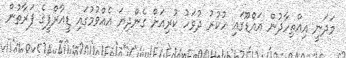
މަދަނީ އިއްތިހާދުން އައްޑޫގައި ހުކުރު ދުވަހު ކުރިއަށް ގެންދިޔަ އެއްވުމުގައި ޑީއާރްޕީގެ ފަރާތުން